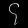
Digit: ၄